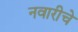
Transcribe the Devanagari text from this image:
नवारीचे